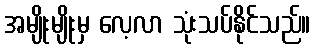
အမျိုးမျိုးမှ လေ့လာ သုံးသပ်နိုင်သည်။